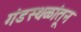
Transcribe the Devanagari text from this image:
गंडस्थळांतून